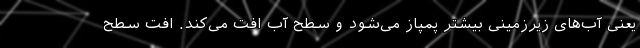
یعنی آب‌های زیرزمینی بیشتر پمپاز می‌شود و سطح آب افت می‌کند. افت سطح